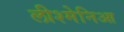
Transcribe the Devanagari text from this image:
लीश्मेनिआ